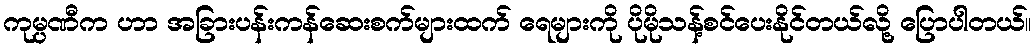
ကုမ္ပဏီက ဟာ အခြားပန်းကန်ဆေးစက်များထက် ရေများကို ပိုမိုသန့်စင်ပေးနိုင်တယ်လို့ ပြောပါတယ်။